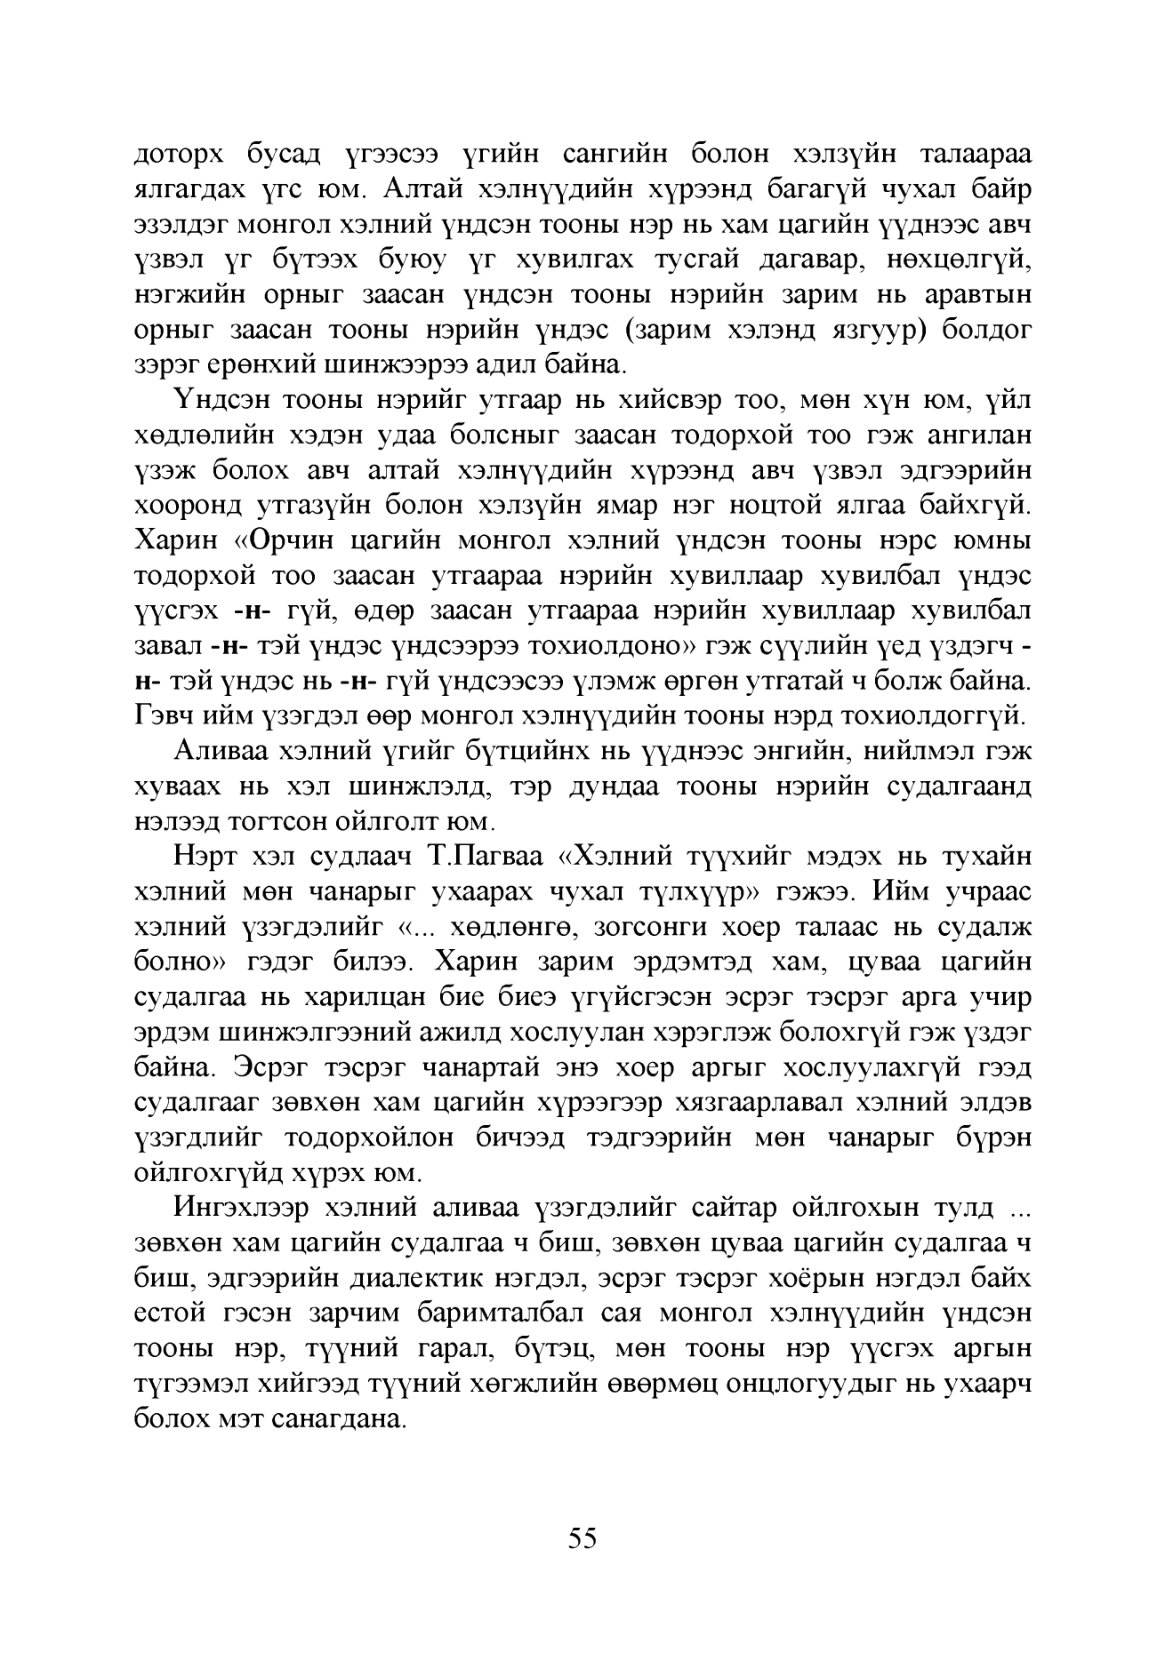
Language: mn